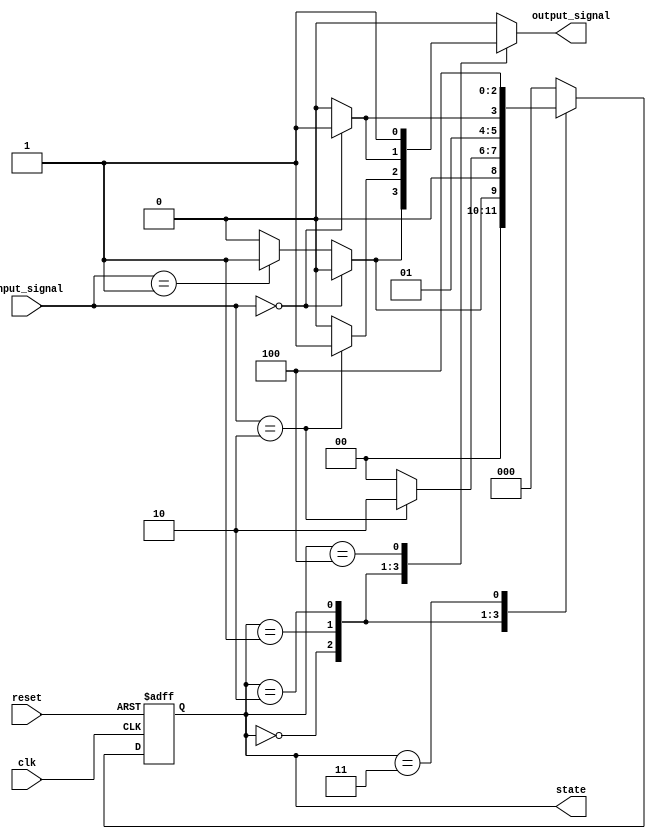
module mealy_n_bit_fsm #(
    parameter N = 3,   // Number of bits for state representation
    parameter M = 2    // Number of input signals
)(
    input wire clk,             // Clock signal
    input wire reset,           // Reset signal
    input wire [M-1:0] input_signal, // Input signals
    output reg [N-1:0] state,   // Current state
    output reg output_signal     // Output signal
);

    // State encoding (example with 2^N states)
    localparam STATE_0 = 3'b000;
    localparam STATE_1 = 3'b001;
    localparam STATE_2 = 3'b010;
    localparam STATE_3 = 3'b011;
    localparam STATE_4 = 3'b100;

    // Next state logic
    reg [N-1:0] next_state;

    always @(*) begin
        case (state)
            STATE_0: begin
                if (input_signal == 2'b00) begin
                    next_state = STATE_0;
                    output_signal = 1'b0; // Output logic for STATE_0
                end else if (input_signal == 2'b01) begin
                    next_state = STATE_1;
                    output_signal = 1'b1; // Output logic for STATE_1
                end else begin
                    next_state = STATE_0; 
                    output_signal = 1'b0;
                end
            end

            STATE_1: begin
                if (input_signal == 2'b10) begin
                    next_state = STATE_2;
                    output_signal = 1'b1; // Output logic for STATE_2
                end else begin
                    next_state = STATE_0;
                    output_signal = 1'b0;
                end
            end

            STATE_2: begin
                // Define transitions and outputs for STATE_2
                if (input_signal == 2'b00) begin
                    next_state = STATE_3;
                    output_signal = 1'b1;
                end else begin
                    next_state = STATE_2; // Stay in STATE_2
                    output_signal = 1'b0;
                end
            end

            STATE_3: begin
                // Define transitions and outputs for STATE_3
                next_state = STATE_4; // Transition example
                output_signal = 1'b0; // Output logic for STATE_3
            end

            STATE_4: begin
                // Define transitions and outputs for STATE_4
                next_state = STATE_0; // Transition example back to STATE_0
                output_signal = 1'b1;  // Output logic for STATE_4
            end

            default: begin
                next_state = STATE_0; // Default state
                output_signal = 1'b0; // Default output
            end
        endcase
    end

    // State register with reset
    always @(posedge clk or posedge reset) begin
        if (reset) begin
            state <= STATE_0; // Reset to initial state
        end else begin
            state <= next_state; // Update state on clock edge
        end
    end

endmodule